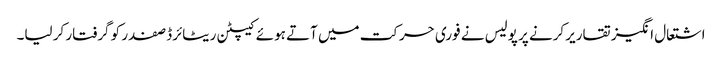
اشتعال انگیز تقاریر کرنے پر پولیس نے فوری حرکت میں آتے ہوئے کیپٹن ریٹائرڈ صفدر کو گرفتار کر لیا۔